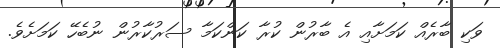
ވަކި ބާރެއް ކަމަށާއި އެ ބާރުން ކުރާ ކަންކަމާ ސަރުކާރުން ނުބެހޭ ކަމަށެވެ.